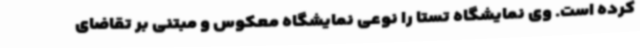
کرده است. وی نمایشگاه تستا را نوعی نمایشگاه معکوس و مبتنی بر تقاضای